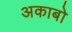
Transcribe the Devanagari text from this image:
अकाबो